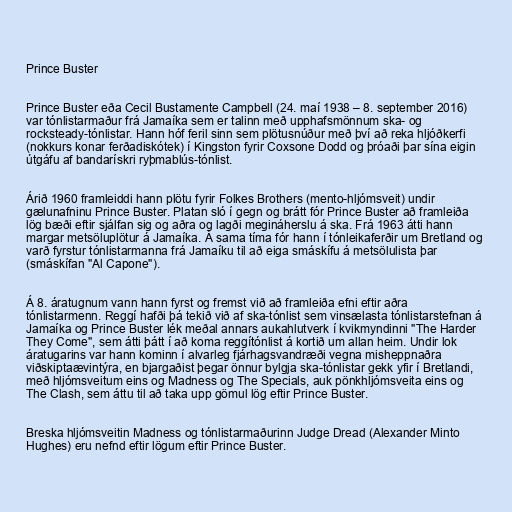
Prince Buster

Prince Buster eða Cecil Bustamente Campbell (24. maí 1938 – 8. september 2016)
var tónlistarmaður frá Jamaíka sem er talinn með upphafsmönnum ska- og
rocksteady-tónlistar. Hann hóf feril sinn sem plötusnúður með því að reka hljóðkerfi
(nokkurs konar ferðadiskótek) í Kingston fyrir Coxsone Dodd og þróaði þar sína eigin
útgáfu af bandarískri ryþmablús-tónlist.

Árið 1960 framleiddi hann plötu fyrir Folkes Brothers (mento-hljómsveit) undir
gælunafninu Prince Buster. Platan sló í gegn og brátt fór Prince Buster að framleiða
lög bæði eftir sjálfan sig og aðra og lagði megináherslu á ska. Frá 1963 átti hann
margar metsöluplötur á Jamaíka. Á sama tíma fór hann í tónleikaferðir um Bretland og
varð fyrstur tónlistarmanna frá Jamaíku til að eiga smáskífu á metsölulista þar
(smáskífan "Al Capone").

Á 8. áratugnum vann hann fyrst og fremst við að framleiða efni eftir aðra
tónlistarmenn. Reggí hafði þá tekið við af ska-tónlist sem vinsælasta tónlistarstefnan á
Jamaíka og Prince Buster lék meðal annars aukahlutverk í kvikmyndinni "The Harder
They Come", sem átti þátt í að koma reggítónlist á kortið um allan heim. Undir lok
áratugarins var hann kominn í alvarleg fjárhagsvandræði vegna misheppnaðra
viðskiptaævintýra, en bjargaðist þegar önnur bylgja ska-tónlistar gekk yfir í Bretlandi,
með hljómsveitum eins og Madness og The Specials, auk pönkhljómsveita eins og
The Clash, sem áttu til að taka upp gömul lög eftir Prince Buster.

Breska hljómsveitin Madness og tónlistarmaðurinn Judge Dread (Alexander Minto
Hughes) eru nefnd eftir lögum eftir Prince Buster.